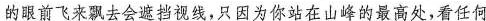
的眼前飞来飘去会遮挡视线，只因为你站在山峰的最高处，看任何